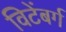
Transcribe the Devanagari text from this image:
विटेंबर्ग